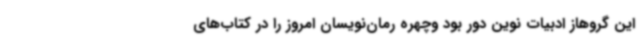
این گروهاز ادبیات نوین دور بود وچهره رمان‌نویسان امروز را در کتاب‌های